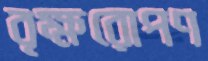
বৃক্ষরোপণ